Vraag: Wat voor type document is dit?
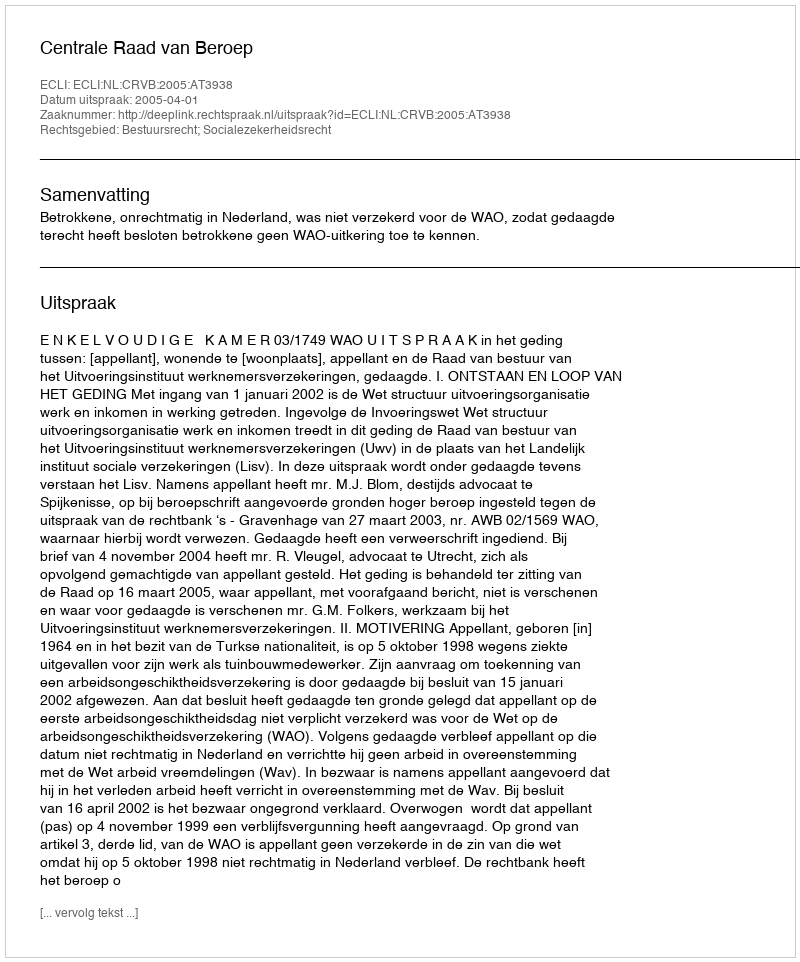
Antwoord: Uitspraak